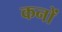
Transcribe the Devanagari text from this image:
कनों